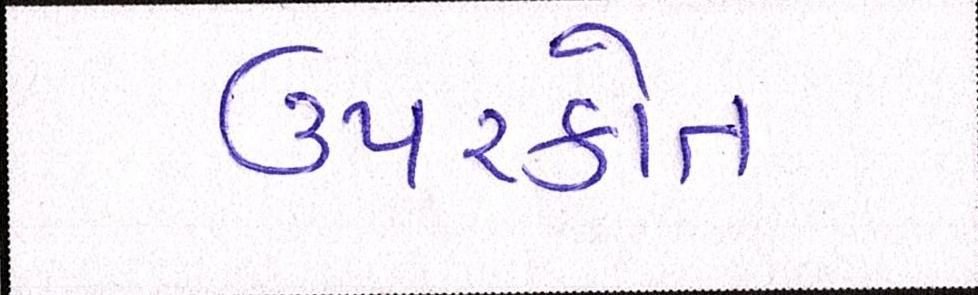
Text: ઉપરકોત